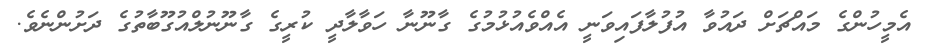
އެމީހުންގެ މައްޗަށް ދައުވާ އުފުލާފައިވަނީ އެއްވެއުޅުމުގެ ގާނޫނާ ހަވާލާދީ ކުރީގެ ގާނޫނުލްއުގޫބާތުގެ ދަށުންނެވެ.